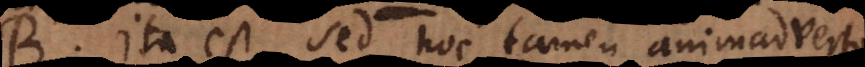
B. Ita est, sed hoc tamen animadverto